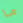
ما